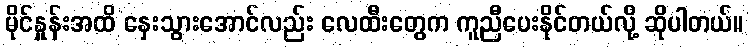
မိုင်နှုန်းအထိ နှေးသွားအောင်လည်း လေထီးတွေက ကူညီပေးနိုင်တယ်လို့ ဆိုပါတယ်။